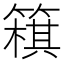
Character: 簯